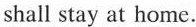
shall stay at home.